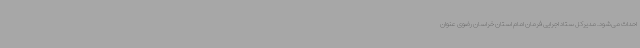
احداث می‌شود. مدیرکل ستاد اجرایی فرمان امام استان خراسان رضوی عنوان